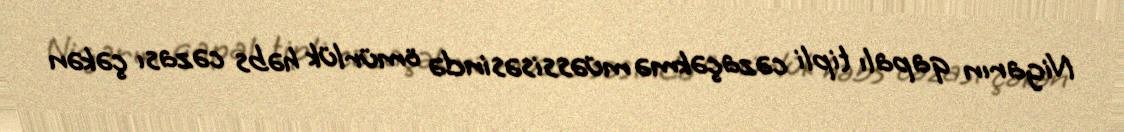
Nigarın qapalı tipli cəzaçəkmə müəssisəsində ömürlük həbs cəzası çəkən